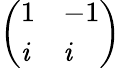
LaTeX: \left(\begin{array}{ll}{1}&{-1}\\ {\mathit{i}}&{\mathit{i}}\end{array}\right)